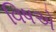
વિષએ